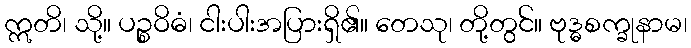
ဣတိ၊ သို့။ ပဉ္စဝိဓံ၊ ငါးပါးအပြားရှိ၏။ တေသု၊ တို့တွင်။ ဗုဒ္ဓစက္ခုနာမ၊